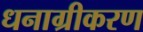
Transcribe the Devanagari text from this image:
धनाग्रीकरण